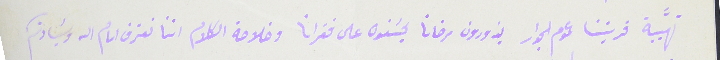
تهيَّبة قريتنا عموم الجوار يزورون مرضانا يحسَنون على فقرانا وخلاصة الكلام اننا نعترف امام الله وسَيادتكم